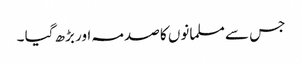
جس سے مسلمانوں کا صدمہ اور بڑھ گیا ۔